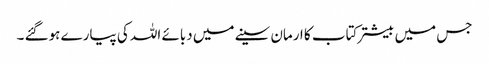
جس میں بیشتر کتاب کا ارمان سینے میں دبائے اللہ کی پیارے ہوگئے ۔